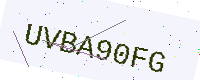
Text: UVBA90FG